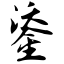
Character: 鋈